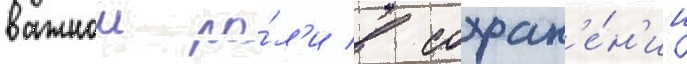
важнои ро́л'и в сохран'е́н'ии